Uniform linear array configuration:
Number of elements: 8
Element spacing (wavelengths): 1
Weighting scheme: hamming
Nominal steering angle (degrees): -60
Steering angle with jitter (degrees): -58.08
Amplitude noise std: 0.05
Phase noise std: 0.05

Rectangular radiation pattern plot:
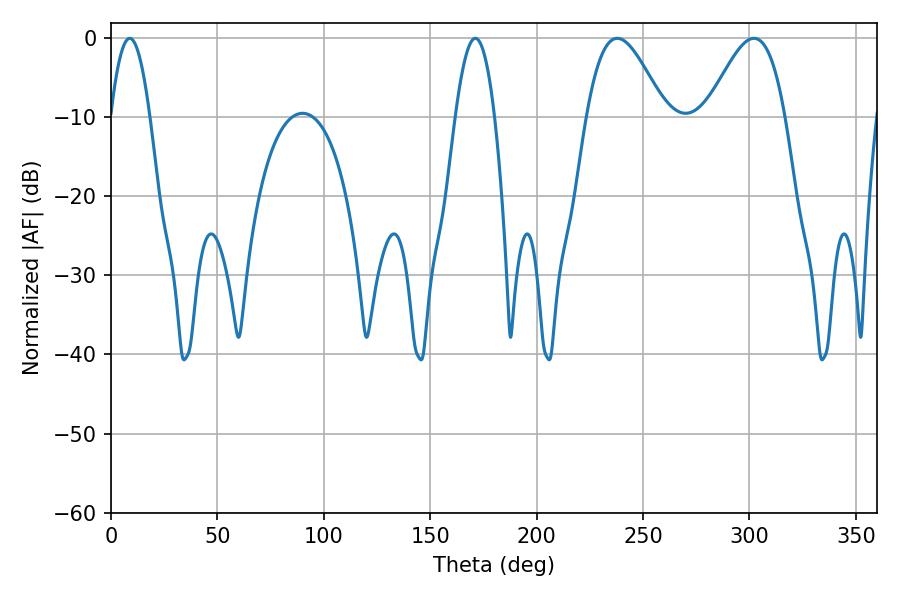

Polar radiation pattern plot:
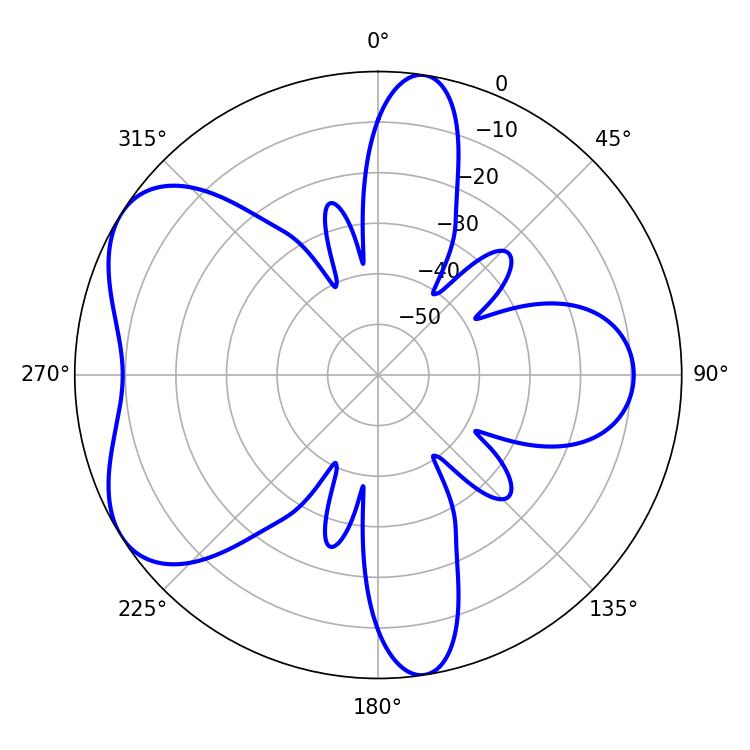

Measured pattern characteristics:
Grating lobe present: TRUE
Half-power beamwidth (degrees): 10.08
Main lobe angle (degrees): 171.18